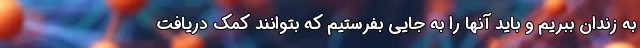
به زندان ببریم و باید آنها را به جایی بفرستیم که بتوانند کمک دریافت